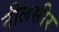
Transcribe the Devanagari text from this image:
नीलसीर